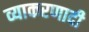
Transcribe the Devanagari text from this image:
व्याकरणादी